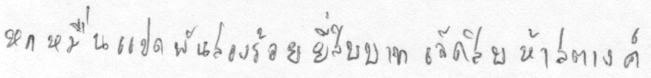
หกหมื่นแปดพันสองร้อยยี่สิบบาทเจ็ดสิบห้าสตางค์